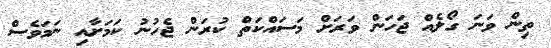
ތިން ވަނަ ގޯލެއް ޖަހަން ވަރަށް މަސައްކަތް ކުރަން ޖެހުނު ކަމަށާއި ނަމަވެސް